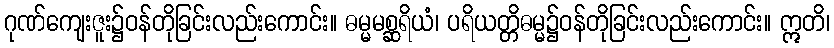
ဂုဏ်ကျေးဇူး၌ဝန်တိုခြင်းလည်းကောင်း။ ဓမ္မမစ္ဆရိယံ၊ ပရိယတ္တိဓမ္မ၌ဝန်တိုခြင်းလည်းကောင်း။ ဣတိ၊